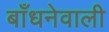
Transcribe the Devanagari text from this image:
बाँधनेवाली